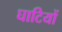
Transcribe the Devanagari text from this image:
घाटियों